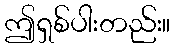
ဤရှစ်ပါးတည်း။